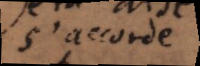
s’accorde